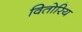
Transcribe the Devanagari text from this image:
वितोरिय